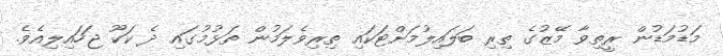
މަޑުމަޑުން ރީތިވާ މޭޒުގެ ތިރި ބަލައިލުމަށްޓަކައި ތިރިވެލަމުން ތަޅުމުގައި ދެ ކަކޫ ޖަހައިލިއެވެ.